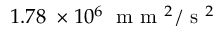
1 . 7 8 \; \times 1 0 ^ { 6 } \; \mathrm { ~ m ~ m ~ } ^ { 2 } / \mathrm { ~ s ~ } ^ { 2 }